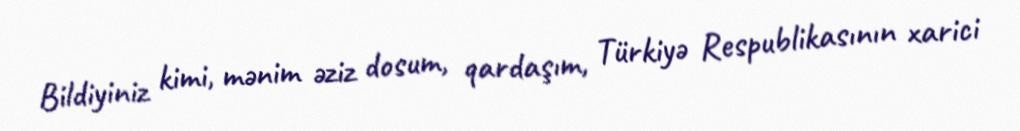
Bildiyiniz kimi, mənim əziz dosum, qardaşım, Türkiyə Respublikasının xarici